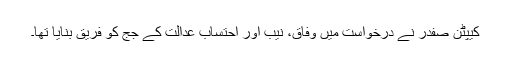
کیپٹن صفدر نے درخواست میں وفاق، نیب اور احتساب عدالت کے جج کو فریق بنایا تھا۔